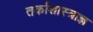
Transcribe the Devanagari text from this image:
तर्काशास्त्राज्ञ